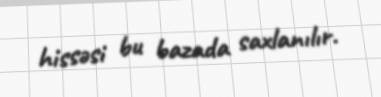
hissəsi bu bazada saxlanılır.